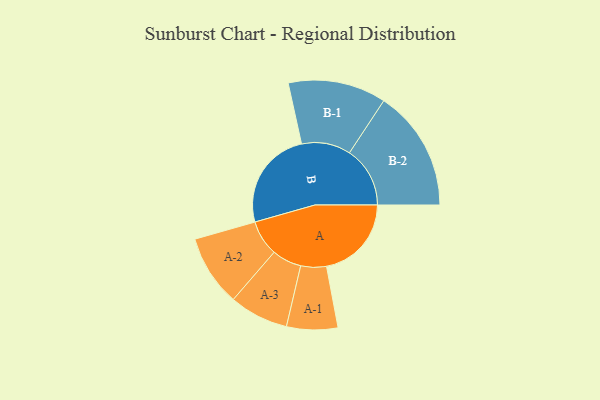
{"axis": {"x": "Segment", "y": "Value"}, "legend": ["", "A", "B"], "data": [{"x": "A", "y": 405, "type": ""}, {"x": "B", "y": 477, "type": ""}, {"x": "A-1", "y": 122, "type": "A"}, {"x": "A-2", "y": 170, "type": "A"}, {"x": "A-3", "y": 141, "type": "A"}, {"x": "B-1", "y": 234, "type": "B"}, {"x": "B-2", "y": 289, "type": "B"}]}